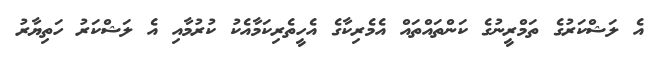
އެ ލަޝްކަރުގެ ތަމްރީނުގެ ކަންތައްތައް އެމެރިކާގެ އެހީތެރިކަމާއެކު ކުރުމާއި އެ ލަޝްކަރު ހަތިޔާރު